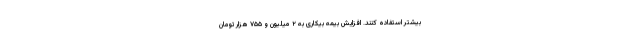
بیشتر استفاده کنند. افزایش بیمه بیکاری به ۲ میلیون و ۷۵۵ هزار تومان